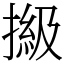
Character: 𢲩